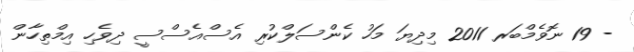
- 19 ނޮވެމްބަރ 2011 މިދިޔަ މަހު ކެންސަލްކުރި އެސްއެސްސީ ދިވެހި އިމްތިހާން